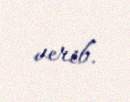
verib.